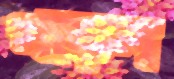
পাড়ল